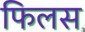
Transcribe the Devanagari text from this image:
फिलस